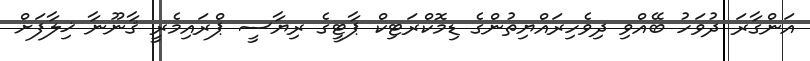
އަންގާރަ ދުވަހު ބޭއްވި ދިވެހިރައްޔިތުންގެ ޑިމޮކްރަޓިކް ޕާޓީގެ ރިޔާސީ ޕްރައިމެރީ ޤާނޫނާ ޚިލާފަށް